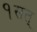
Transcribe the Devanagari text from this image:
१सत्